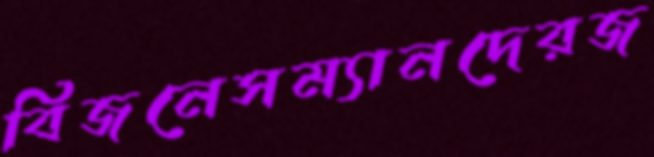
বিজনেসম্যানদেরজ